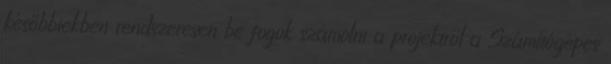
későbbiekben rendszeresen be fogok számolni a projektről a Számítógépes